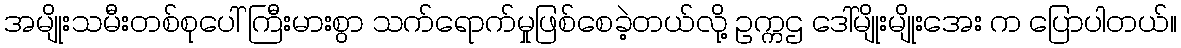
အမျိုးသမီးတစ်စုပေါ် ကြီးမားစွာ သက်ရောက်မှုဖြစ်စေခဲ့တယ်လို့ ဥက္ကဌ ဒေါ်မျိုးမျိုးအေး က ပြောပါတယ်။